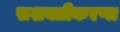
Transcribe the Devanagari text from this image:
सशक्तीकरणा